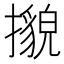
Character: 𢷕